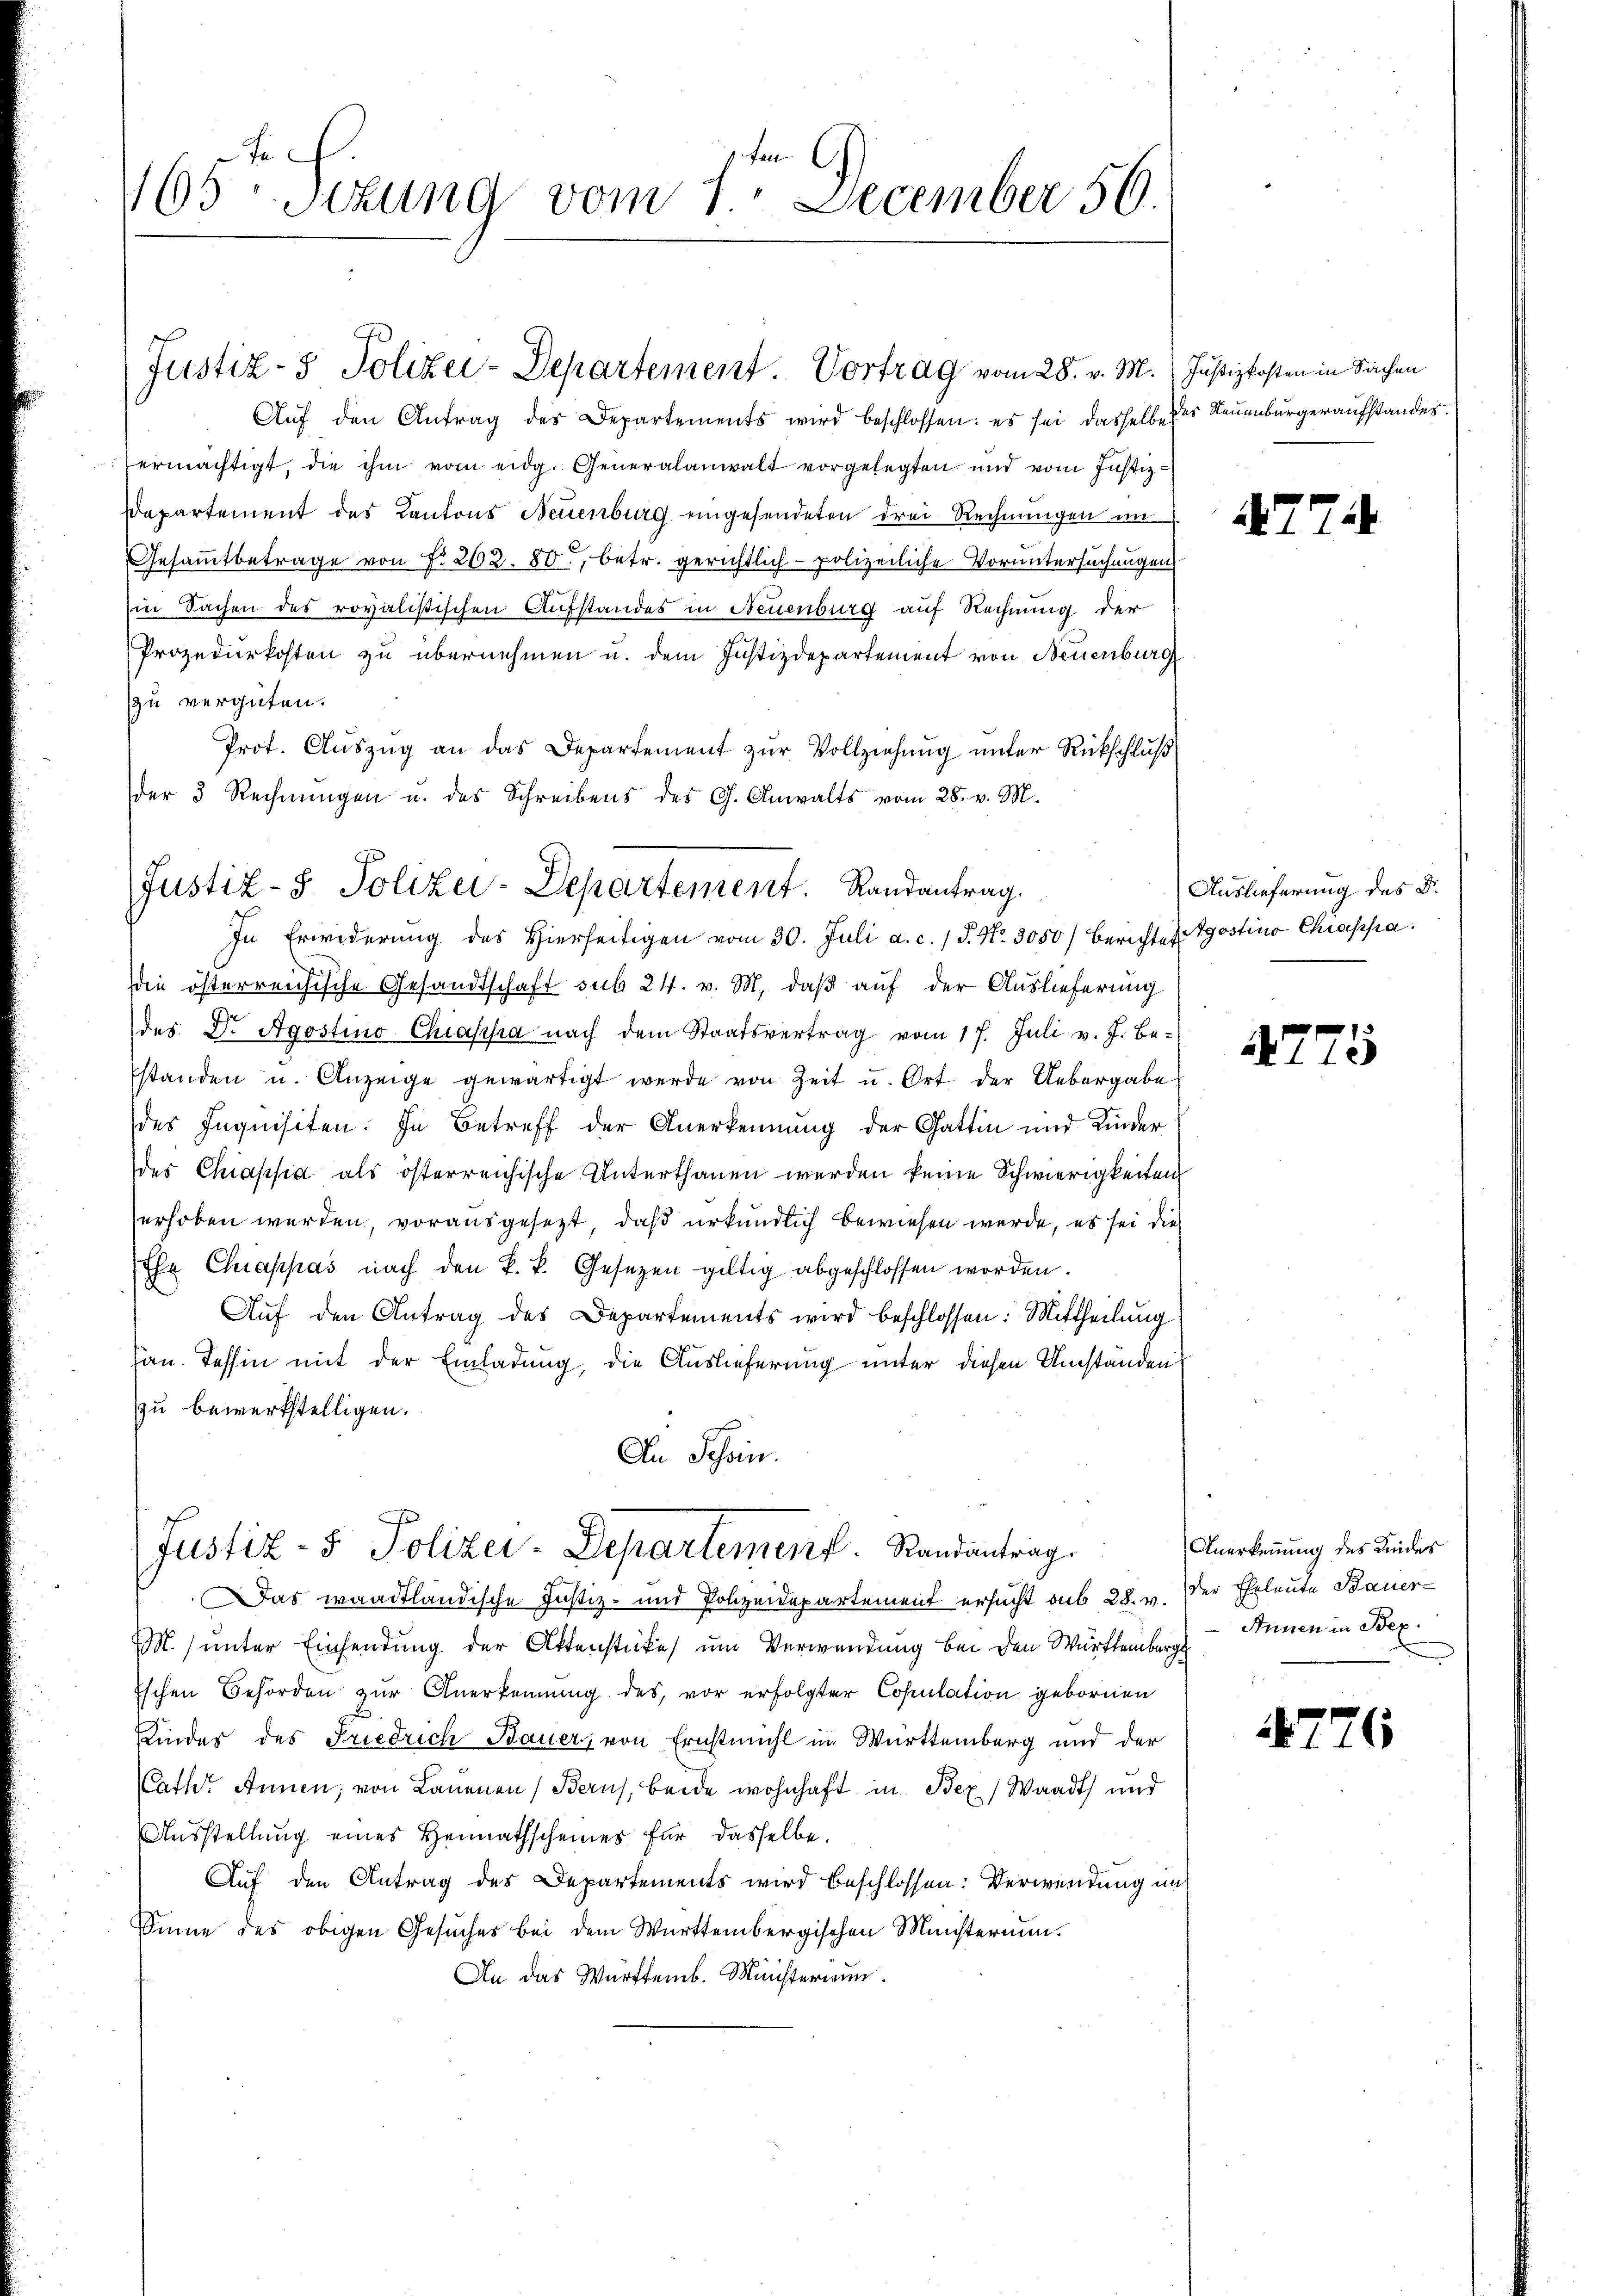
65ten Sizung vom 1ten December 56.

Aŭf den Antrag der Departements wird beschlossen: es sei dasselbe des Neuenburgeraufstandes.
ermächtigt, die ihm vom eidg. Generalanwalt vorgelegten und vom Justiz-
Departement des Kantons Neuenburg eingesendeten drei Rechnungen im
Gesammtbetrage von f. 262. 80, betr. gerichtlich polizeiliche Voruntersuchungen
in Sachen des rovalistischen Aufstandes in Neuenburg auf Rechnung der
Prozedurkosten zu übernehmen u. dem Justizdepartement von Neuenburg
zu vergüten.
Prot. Auszug an das Departement zur Vollziehung unter Rückschluß
der 3 Rechnungen u. des Schreibens des G. Anwalts vom 28. v. M.
die österreichische Gesandtschaft sub 24. v. M. daß auf der Auslieferung
des Dr. Agostinio Chiassa nach dem Staatsvertrag vom 17. Juli v. J. be-
standen u. Anzeige gewärtigt werde von Zeit u. Ort der Uebergabe
des Inquisiten. In Betreff der Anerkennung der Gattin und Kinder
des Chiapsia als österreichische Unterthanen werden keine Schwierigkeiten
erhoben werden, vorausgesezt, daß urkundlich bewiesen werde, es sei die
Ehr Chappas nach den k. k. Gesetzen gültig abgeschlossen worden.
Auf den Antrag des Departements wird beschlossen: Mittheilung
an Tessin mit der Einladung, die Auslieferung unter diesen Umstanden
zu bewerkstelligen.
An Schein.
Justiz- & Polizei-Departement. Randantrag.
Das waadtländische Justiz- und Polizeidepartement ersucht aus 28. v.
M. unter Einsendung der Ottenstücke, um Verwendung bei den Württemberg - Annen in Bez
Eschen Behörden zur Anerkennung des vor erfolgter Copulation gebornen
Kinder des Friedrich Bauer, von Ernstmühl in Württemberg und der
Pathe Annen, von Lauenen (Berns, beide wohnhaft in Bex) Waadt und
Ausstellung eines Heimathscheines für dasselbe.
Auf den Antrag des Departements wird beschlossen: Verwendung an
Sinne des obigen Gesuches bei dem Württembergischen Ministerium.
An das Württemb. Ministerium.

Justiz- & Polizei-Departement. Vortrag vom 28. v. M. Justizkosten in Sachen

Justiz- & Polizei-Departement. Randantrag.
In Erwiderung des Hierseitigen vom 30. Juli a. c. 1 S. Nr. 3050) Berichtes gostina Chiappa.

A774

Auslieferung des Dr.

147

Anerkennung des Kinder
der Eheleute Bauer-

4

1

¬